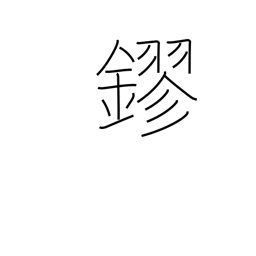
Meaning: gold